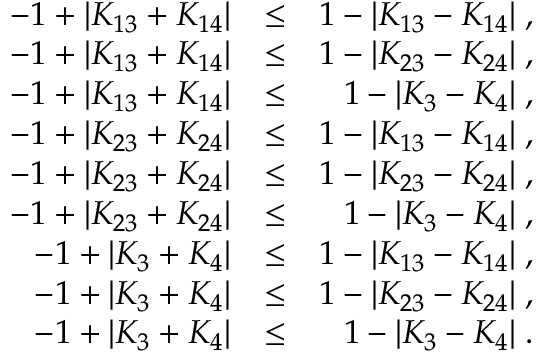
\begin{array} { r l r } { - 1 + \vert K _ { 1 3 } + K _ { 1 4 } \vert } & { \le } & { 1 - \vert K _ { 1 3 } - K _ { 1 4 } \vert \; , } \\ { - 1 + \vert K _ { 1 3 } + K _ { 1 4 } \vert } & { \le } & { 1 - \vert K _ { 2 3 } - K _ { 2 4 } \vert \; , } \\ { - 1 + \vert K _ { 1 3 } + K _ { 1 4 } \vert } & { \le } & { 1 - \vert K _ { 3 } - K _ { 4 } \vert \; , } \\ { - 1 + \vert K _ { 2 3 } + K _ { 2 4 } \vert } & { \le } & { 1 - \vert K _ { 1 3 } - K _ { 1 4 } \vert \; , } \\ { - 1 + \vert K _ { 2 3 } + K _ { 2 4 } \vert } & { \le } & { 1 - \vert K _ { 2 3 } - K _ { 2 4 } \vert \; , } \\ { - 1 + \vert K _ { 2 3 } + K _ { 2 4 } \vert } & { \le } & { 1 - \vert K _ { 3 } - K _ { 4 } \vert \; , } \\ { - 1 + \vert K _ { 3 } + K _ { 4 } \vert } & { \le } & { 1 - \vert K _ { 1 3 } - K _ { 1 4 } \vert \; , } \\ { - 1 + \vert K _ { 3 } + K _ { 4 } \vert } & { \le } & { 1 - \vert K _ { 2 3 } - K _ { 2 4 } \vert \; , } \\ { - 1 + \vert K _ { 3 } + K _ { 4 } \vert } & { \le } & { 1 - \vert K _ { 3 } - K _ { 4 } \vert \; . } \end{array}